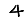
Digit: 4